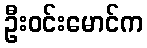
ဦးဝင်းမောင်က